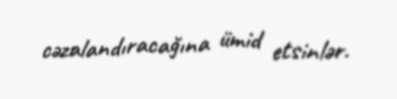
cəzalandıracağına ümid etsinlər.